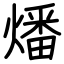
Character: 燔